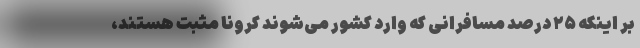
بر اینکه ۲۵ درصد مسافرانی که وارد کشور می‌شوند کرونا مثبت هستند،